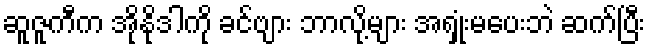
ဆူဇူကီက အိုနိုဒါကို ခင်ဗျား ဘာလို့များ အရှုံးမပေးဘဲ ဆက်ပြီး